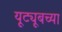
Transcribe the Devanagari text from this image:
यूट्यूबच्या